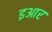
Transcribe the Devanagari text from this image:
इआर